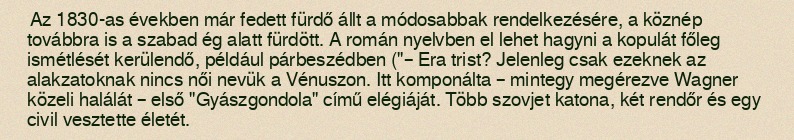
Az 1830-as években már fedett fürdő állt a módosabbak rendelkezésére, a köznép továbbra is a szabad ég alatt fürdött. A román nyelvben el lehet hagyni a kopulát főleg ismétlését kerülendő, például párbeszédben ("– Era trist? Jelenleg csak ezeknek az alakzatoknak nincs női nevük a Vénuszon. Itt komponálta – mintegy megérezve Wagner közeli halálát – első "Gyászgondola" című elégiáját. Több szovjet katona, két rendőr és egy civil vesztette életét.